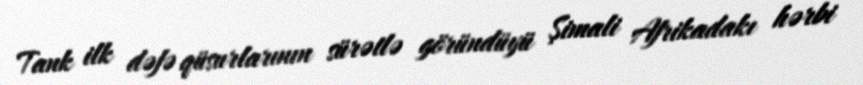
Tank ilk dəfə qüsurlarının sürətlə göründüyü Şimali Afrikadakı hərbi